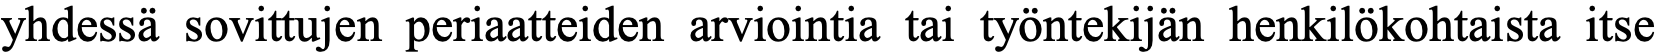
yhdessä sovittujen periaatteiden arviointia tai työntekijän henkilökohtaista itse